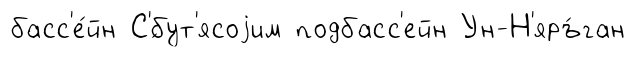
басс'е́йн С'́бут'ясоjим подбасс'ейн Ун-Н'яръ́ган